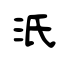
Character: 汦